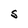
Character: S